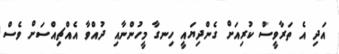
އަދި އެ ތަރާވީސް ކުރިއަށް ގެންދިޔައީ ހިނގާ މީހުންނާއި ދުއްވާ އެއްޗިއްސަށް ވެސް